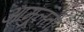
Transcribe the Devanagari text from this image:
आमूलतो